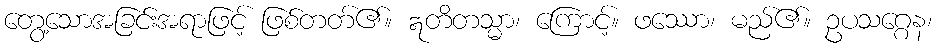
တွေ့သောအခြင်းအရာဖြင့် ဖြစ်တတ်၏။ ဣတိတသ္မာ၊ ကြောင့်။ ဖဿော၊ မည်၏။ ဥပသဂ္ဂေန၊